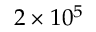
2 \times 1 0 ^ { 5 }